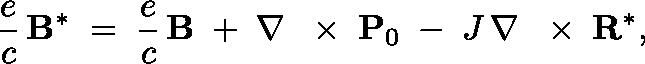
\frac { e } { c } \, { \bf B } ^ { * } \; = \; \frac { e } { c } \, { \bf B } \; + \; \nabla \, \mathrm { ~ \boldmath ~ \times ~ } \, { \bf P } _ { 0 } \; - \; J \, \nabla \, \mathrm { ~ \boldmath ~ \times ~ } \, { \bf R } ^ { * } ,